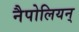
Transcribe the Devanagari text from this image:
नैपोलियन्